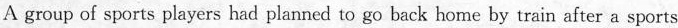
A group of sports players had planned to go back home by train after a sports